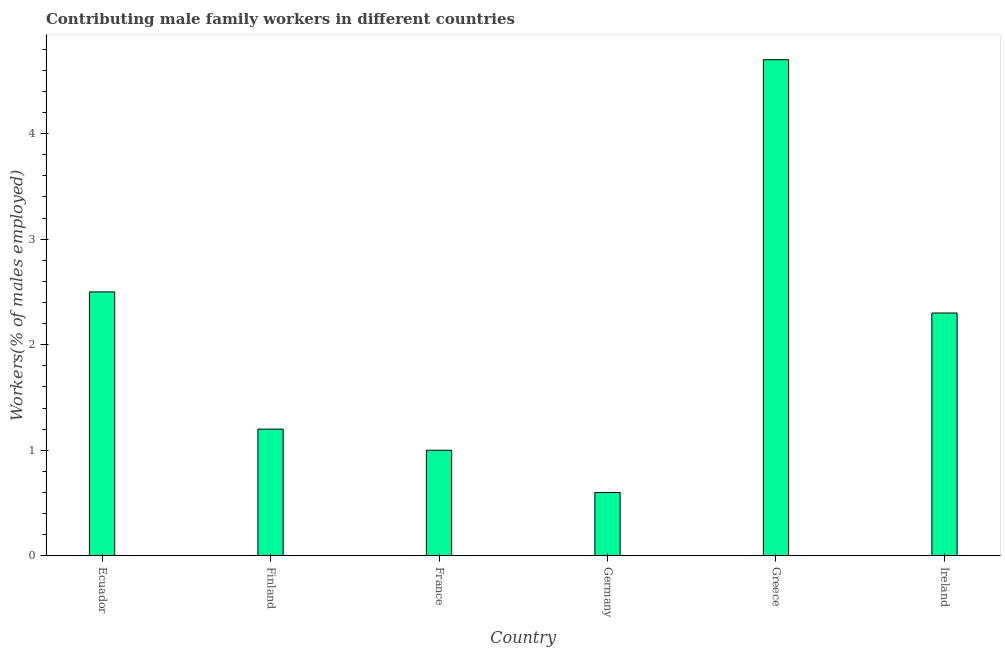
| Country | Contributing family workers |
 | --- | --- |
 | Ecuador | 2.5 |
 | Finland | 1.2 |
 | France | 1 |
 | Germany | 0.6 |
 | Greece | 4.7 |
 | Ireland | 2.3 |